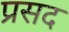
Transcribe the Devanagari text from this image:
प्रसद